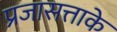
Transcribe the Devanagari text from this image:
प्रजासत्ताके